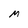
Character: M